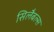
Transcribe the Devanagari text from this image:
सिलैबल्स